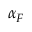
\alpha _ { F }